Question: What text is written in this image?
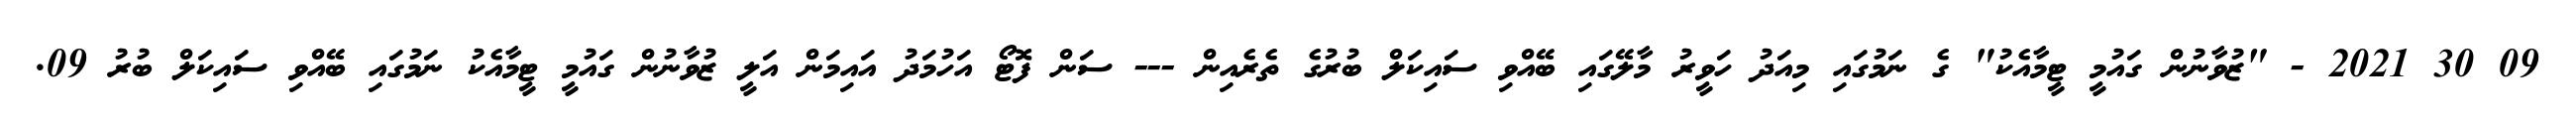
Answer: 09 30 2021 - "ޒުވާނުން ގައުމީ ޓީމާއެކު" ގެ ނަމުގައި މިއަދު ހަވީރު މާލޭގައި ބޭއްވި ސައިކަލް ބުރުގެ ތެރެއިން --- ސަން ފޮޓޯ އަހުމަދު އައިމަން އަލީ ޒުވާނުން ގައުމީ ޓީމާއެކު ނަމުގައި ބޭއްވި ސައިކަލް ބުރު 09.